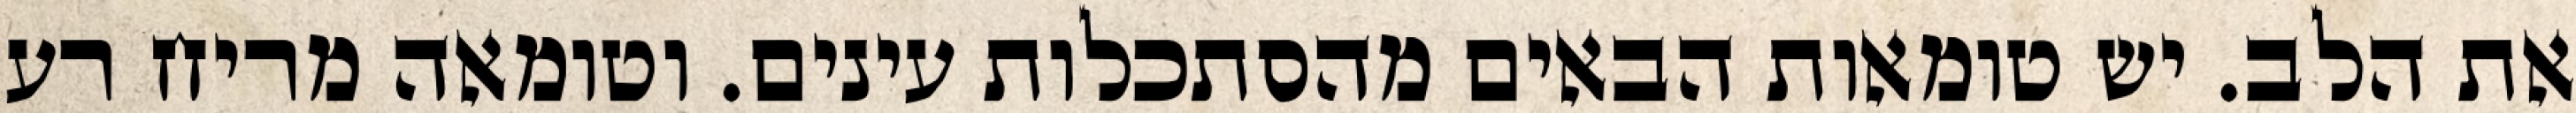
את הלב. יש טומאות הבאים מהסתכלות עינים. וטומאה מריח רע